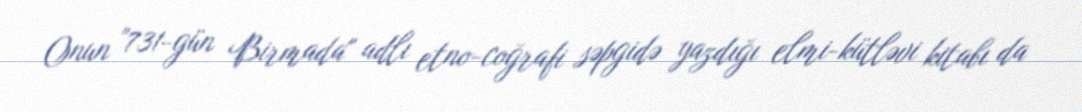
Onun "731-gün Birmada" adlı etno-coğrafi səpgidə yazdığı elmi-kütləvi kitabı da